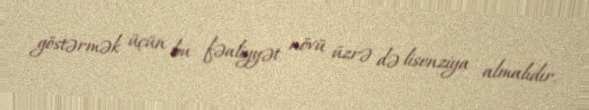
göstərmək üçün bu fəaliyyət növü üzrə də lisenziya almalıdır.